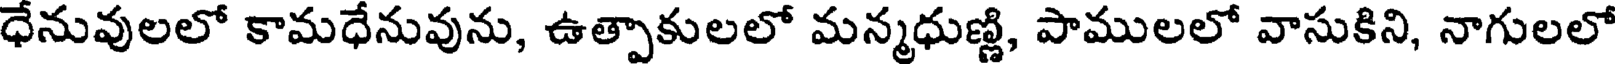
ధేనువులలో కామధేనువును, ఉత్పాకులలో మన్మధుణ్ణి, పాములలో వాసుకిని, నాగులలో